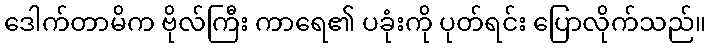
ဒေါက်တာမိက ဗိုလ်ကြီး ကာရေ၏ ပခုံးကို ပုတ်ရင်း ပြောလိုက်သည်။